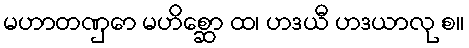
မဟာတဏှော မဟိစ္ဆော ထ၊ ဟဒယီ ဟဒယာလု စ။